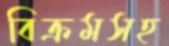
বিক্রমসহ